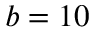
b = 1 0